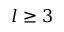
l \ge 3